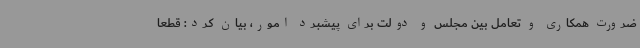
ضرورت همکاری و تعامل بین مجلس و دولت برای پیشبرد امور، بیان کرد: قطعا